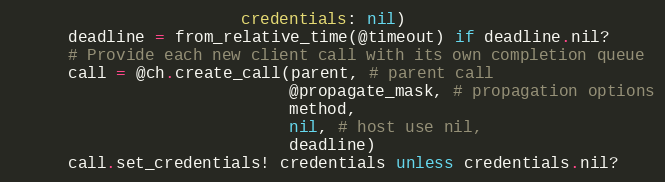
Language: Ruby
                        credentials: nil)
      deadline = from_relative_time(@timeout) if deadline.nil?
      # Provide each new client call with its own completion queue
      call = @ch.create_call(parent, # parent call
                             @propagate_mask, # propagation options
                             method,
                             nil, # host use nil,
                             deadline)
      call.set_credentials! credentials unless credentials.nil?